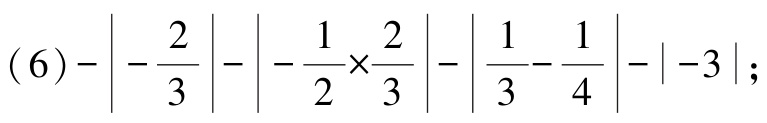
\((6)-\left|-\frac{2}{3}\right|-\left|-\frac{1}{2}\times\frac{2}{3}\right|-\left|\frac{1}{3}-\frac{1}{4}\right|-\left|-3\right|\)